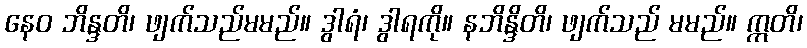
နေဝ ဘိန္ဒတိ၊ ဖျက်သည်မမည်။ ဒွါရံ၊ ဒွါရကို။ နဘိန္ဒိတိ၊ ဖျက်သည် မမည်။ ဣတိ၊